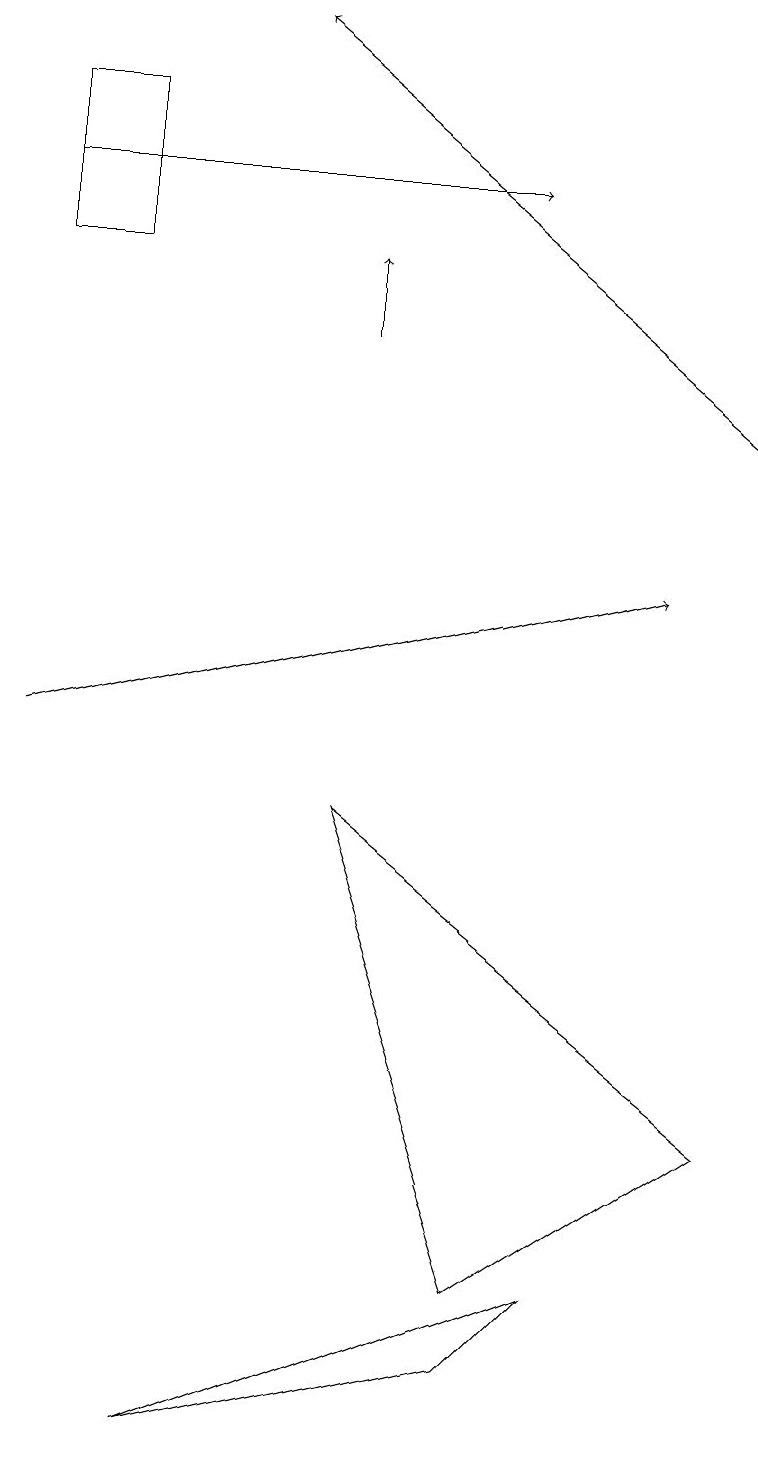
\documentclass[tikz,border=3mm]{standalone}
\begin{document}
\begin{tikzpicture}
\draw[->] (0,17) -- (6,17);
\draw[->] (4,15) -- (4,16);
\draw (9,5) -- (4,9) -- (6,3) -- cycle;
\draw (2,1) -- (7,3) -- (6,2) -- cycle;
\draw (0,16) rectangle (1,18);
\draw[->] (9,14) -- (3,19);
\draw[->] (0,10) -- (8,12);
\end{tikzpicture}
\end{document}